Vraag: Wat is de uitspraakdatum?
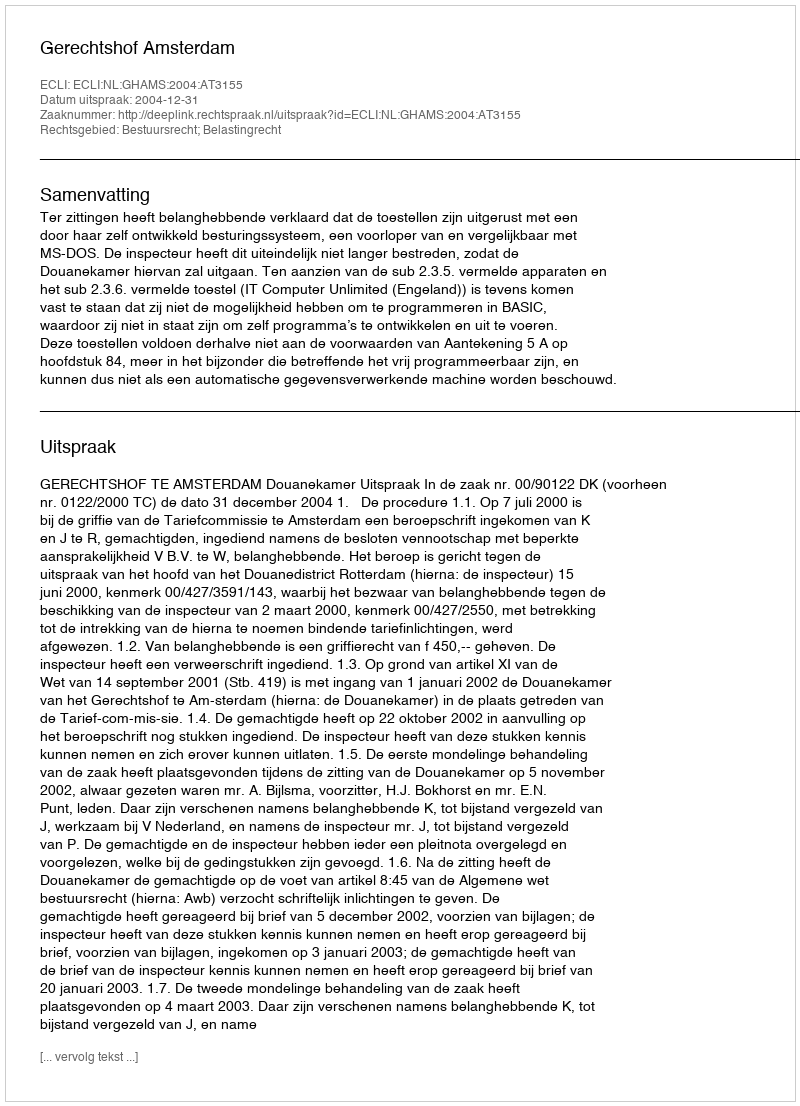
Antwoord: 2004-12-31